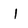
Character: I